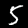
Digit: 5